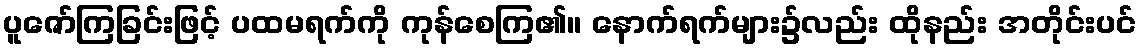
ပူဇော်ကြခြင်းဖြင့် ပထမရက်ကို ကုန်စေကြ၏။ နောက်ရက်များ၌လည်း ထိုနည်း အတိုင်းပင်